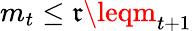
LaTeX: m_{t}\leq\mathfrak{r}\leqm_{t+1}